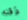
ذقنه